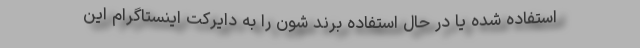
استفاده شده یا در حال استفاده برند شون را به دایرکت اینستاگرام این